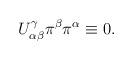
LaTeX: \begin{align*}U^\gamma_{\alpha\beta}\pi^\beta\pi^\alpha\equiv 0.\end{align*}